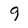
Character: 9